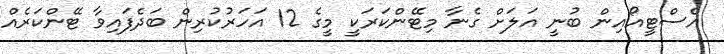
އެސްޓީއޯއިން ބުނީ އަލަށް ގެނާ މިޓޭންކަރަކީ މީގެ 12 އަހަރުކުރިން ބަދެފައިވާ ޓޭންކަރެއް